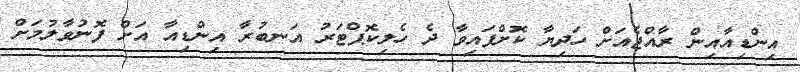
އިންޑިއާއިން ރާއްޖެއަށް ހަދިޔާ ކޮށްފައިވާ ދެ ހެލިކޮޕްޓަރު އަނބުރާ އިންޑިއާ އަށް ފޮނުވާލުމަށް